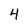
Character: 4